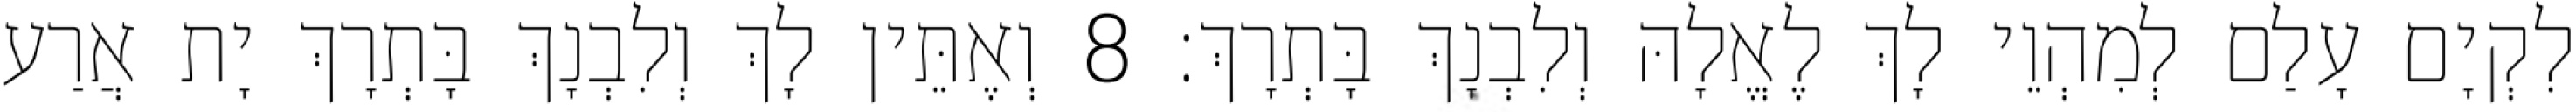
לִקְיָם עָלַם לְמִהְוֵי לָךְ לֶאֱלָהּ וְלִבְנָךְ בָּתְרָךְ׃ 8 וְאֶתֵּין לָךְ וְלִבְנָךְ בָּתְרָךְ יָת אֲרַע